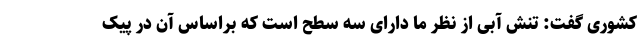
کشوری گفت: تنش آبی از نظر ما دارای سه سطح است که براساس آن در پیک